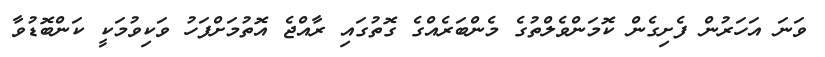
ވަނަ އަހަރުން ފެށިގެން ކޮމަންވެލްތުގެ މެންބަރެއްގެ ގޮތުގައި ރާއްޖެ އޮތުމަށްފަހު ވަކިވުމަކީ ކަންބޮޑުވާ